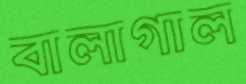
বালাগাল